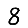
Digit: 8